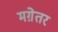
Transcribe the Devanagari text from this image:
मग़ेतर